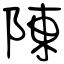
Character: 陳